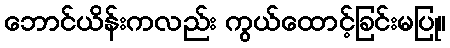
ဘောင်ယိန်းကလည်း ကွယ်ထောင့်ခြင်းမပြု။